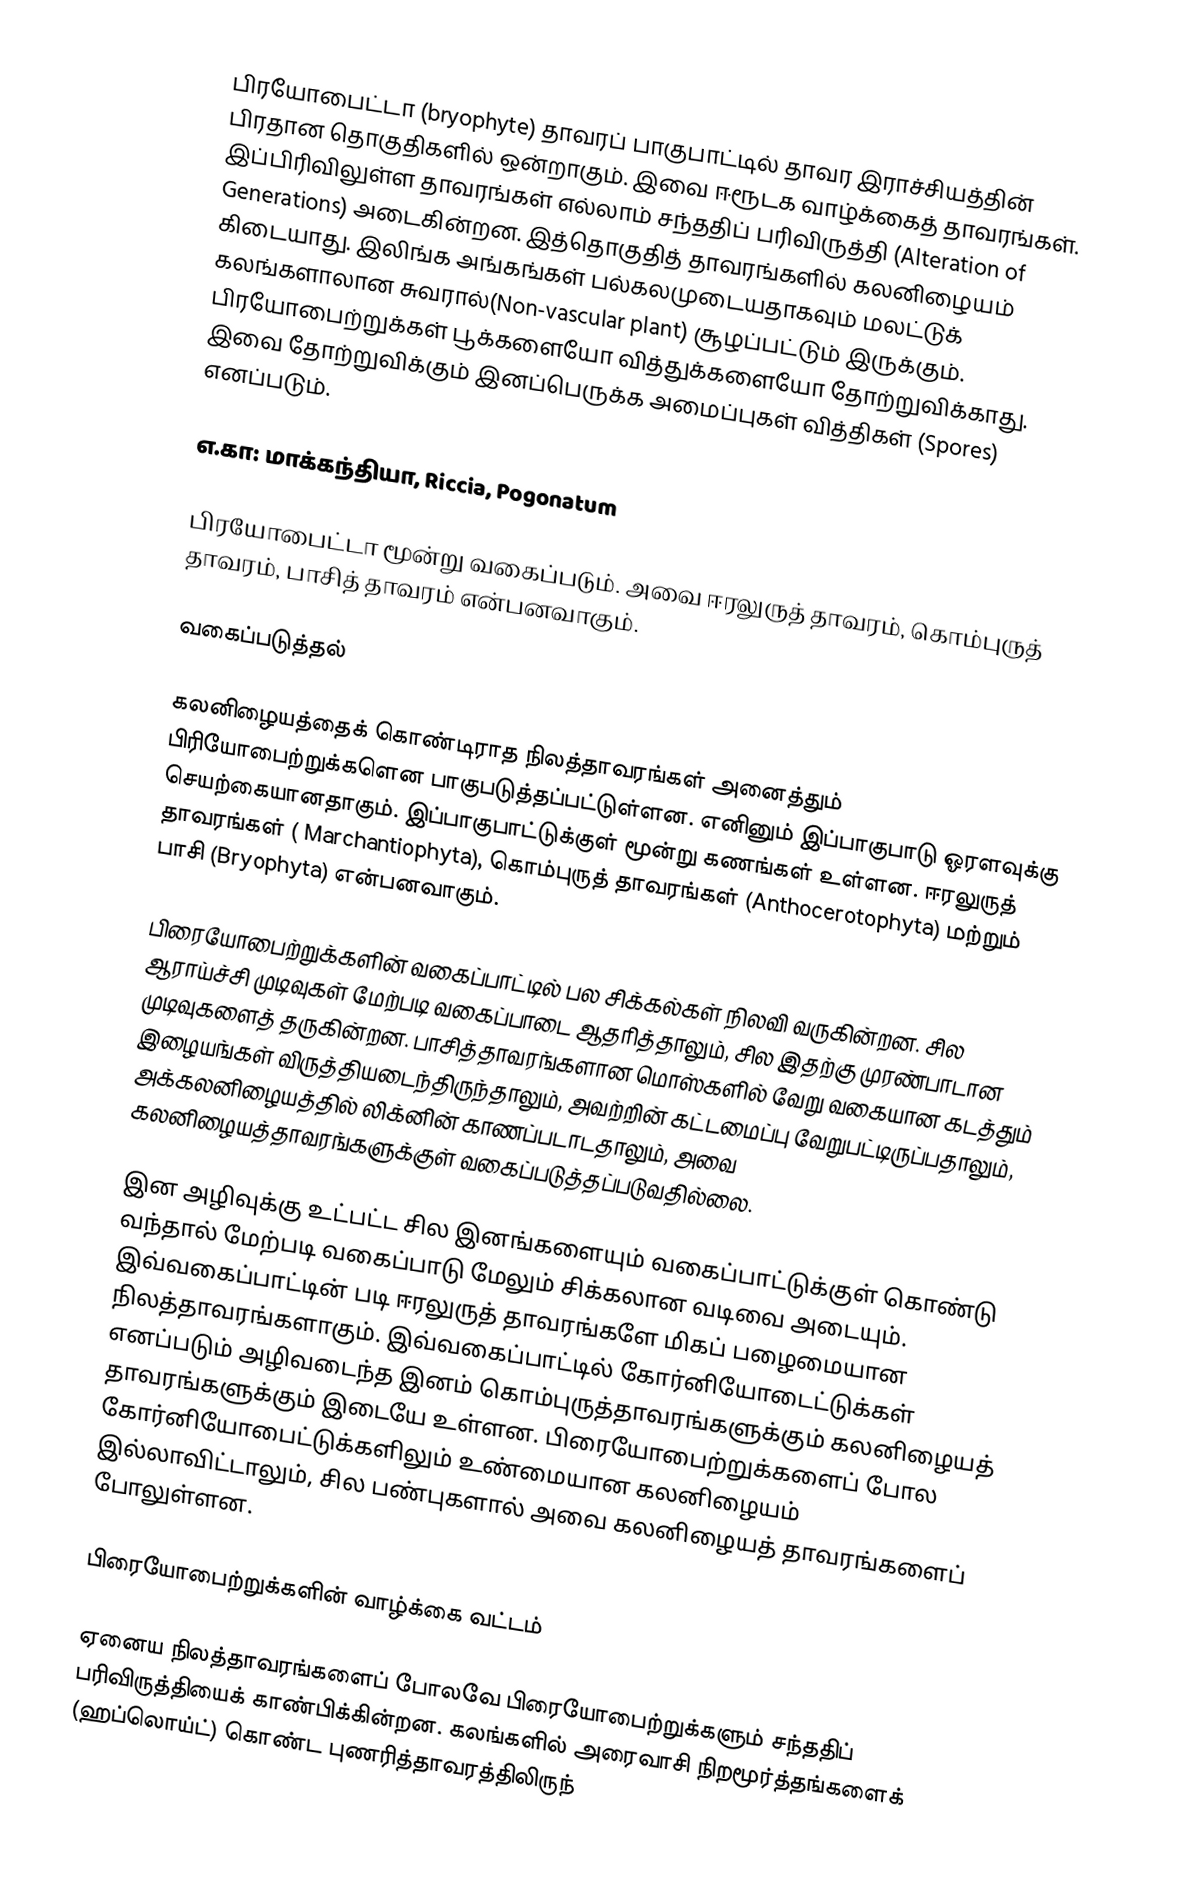
பிரயோபைட்டா (bryophyte) தாவரப் பாகுபாட்டில் தாவர இராச்சியத்தின் பிரதான தொகுதிகளில் ஒன்றாகும். இவை ஈரூடக வாழ்க்கைத் தாவரங்கள். இப்பிரிவிலுள்ள தாவரங்கள் எல்லாம் சந்ததிப் பரிவிருத்தி (Alteration of Generations) அடைகின்றன. இத்தொகுதித் தாவரங்களில் கலனிழையம் கிடையாது. இலிங்க அங்கங்கள் பல்கலமுடையதாகவும் மலட்டுக் கலங்களாலான சுவரால்(Non-vascular plant) சூழப்பட்டும் இருக்கும். பிரயோபைற்றுக்கள் பூக்களையோ வித்துக்களையோ தோற்றுவிக்காது. இவை தோற்றுவிக்கும் இனப்பெருக்க அமைப்புகள் வித்திகள் (Spores) எனப்படும்.

எ.கா: மாக்கந்தியா, Riccia, Pogonatum

பிரயோபைட்டா மூன்று வகைப்படும். அவை ஈரலுருத் தாவரம், கொம்புருத் தாவரம், பாசித் தாவரம் என்பனவாகும்.

வகைப்படுத்தல்

கலனிழையத்தைக் கொண்டிராத நிலத்தாவரங்கள் அனைத்தும் பிரியோபைற்றுக்களென பாகுபடுத்தப்பட்டுள்ளன. எனினும் இப்பாகுபாடு ஓரளவுக்கு செயற்கையானதாகும். இப்பாகுபாட்டுக்குள் மூன்று கணங்கள் உள்ளன. ஈரலுருத் தாவரங்கள் ( Marchantiophyta), கொம்புருத் தாவரங்கள் (Anthocerotophyta) மற்றும் பாசி (Bryophyta) என்பனவாகும்.

பிரையோபைற்றுக்களின் வகைப்பாட்டில் பல சிக்கல்கள் நிலவி வருகின்றன. சில ஆராய்ச்சி முடிவுகள் மேற்படி வகைப்பாடை ஆதரித்தாலும், சில இதற்கு முரண்பாடான முடிவுகளைத் தருகின்றன. பாசித்தாவரங்களான மொஸ்களில் வேறு வகையான கடத்தும் இழையங்கள் விருத்தியடைந்திருந்தாலும், அவற்றின் கட்டமைப்பு வேறுபட்டிருப்பதாலும், அக்கலனிழையத்தில் லிக்னின் காணப்படாடதாலும், அவை கலனிழையத்தாவரங்களுக்குள் வகைப்படுத்தப்படுவதில்லை.

இன அழிவுக்கு உட்பட்ட சில இனங்களையும் வகைப்பாட்டுக்குள் கொண்டு வந்தால் மேற்படி வகைப்பாடு மேலும் சிக்கலான வடிவை அடையும். இவ்வகைப்பாட்டின் படி ஈரலுருத் தாவரங்களே மிகப் பழைமையான நிலத்தாவரங்களாகும். இவ்வகைப்பாட்டில் கோர்னியோடைட்டுக்கள் எனப்படும் அழிவடைந்த இனம் கொம்புருத்தாவரங்களுக்கும் கலனிழையத் தாவரங்களுக்கும் இடையே உள்ளன. பிரையோபைற்றுக்களைப் போல கோர்னியோபைட்டுக்களிலும் உண்மையான கலனிழையம் இல்லாவிட்டாலும், சில பண்புகளால் அவை கலனிழையத் தாவரங்களைப் போலுள்ளன.

பிரையோபைற்றுக்களின் வாழ்க்கை வட்டம்

ஏனைய நிலத்தாவரங்களைப் போலவே பிரையோபைற்றுக்களும் சந்ததிப் பரிவிருத்தியைக் காண்பிக்கின்றன. கலங்களில் அரைவாசி நிறமூர்த்தங்களைக் (ஹப்லொய்ட்) கொண்ட புணரித்தாவரத்திலிருந்